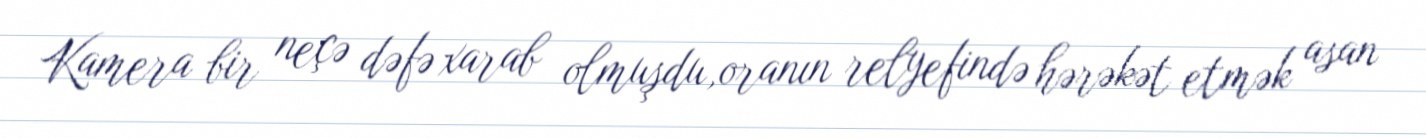
Kamera bir neçə dəfə xarab olmuşdu,oranın relyefində hərəkət etmək asan